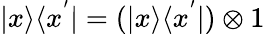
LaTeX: |x\rangle\langle x^{'}|=(|x\rangle\langle x^{'}|)\otimes 1